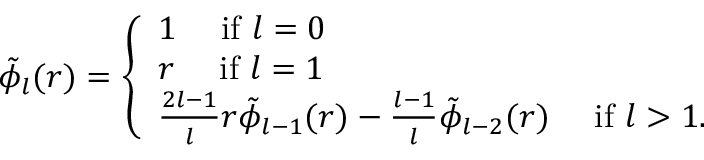
\begin{array} { r } { \tilde { \phi } _ { l } ( r ) = \left\{ \begin{array} { l l } { 1 \quad \mathrm { ~ i f ~ } l = 0 } \\ { r \quad \mathrm { ~ i f ~ } l = 1 } \\ { \frac { 2 l - 1 } { l } r \tilde { \phi } _ { l - 1 } ( r ) - \frac { l - 1 } { l } \tilde { \phi } _ { l - 2 } ( r ) \quad \mathrm { ~ i f ~ } l > 1 . } \end{array} \right. } \end{array}